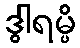
ဒွါရမ္ပိ